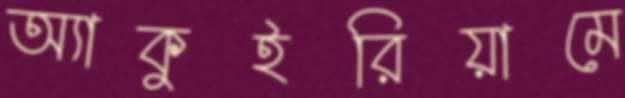
অ্যাকুইরিয়ামে